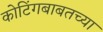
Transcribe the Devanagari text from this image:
कोटिंगबाबतच्या